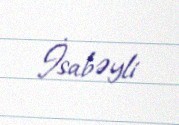
İsabəyli